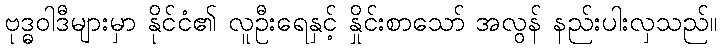
ဗုဒ္ဓဝါဒီများမှာ နိုင်ငံ၏ လူဦးရေနှင့် နှိုင်းစာသော် အလွန် နည်းပါးလှသည်။